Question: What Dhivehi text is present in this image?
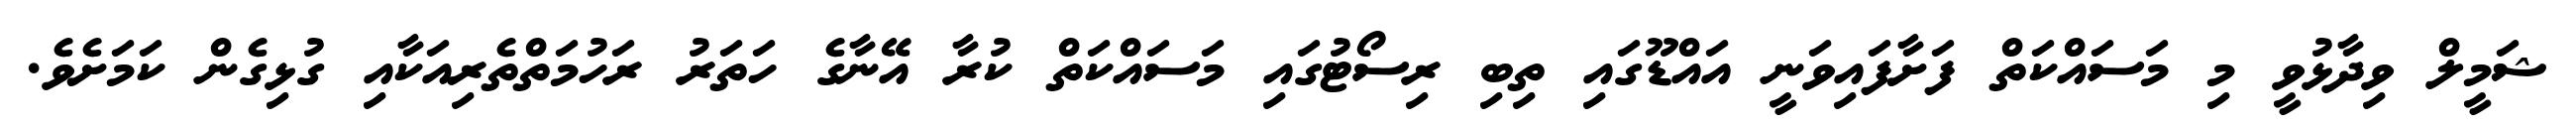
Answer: ޝަމީލް ވިދާޅުވީ މި މަސައްކަތް ފަށާފައިވަނީ އައްޑޫގައި ތިބި ރިސޯޓުގައި މަސައްކަތް ކުރާ އޭނާގެ ހަތަރު ރަހުމަތްތެރިއަކާއި ގުޅިގެން ކަމަށެވެ.